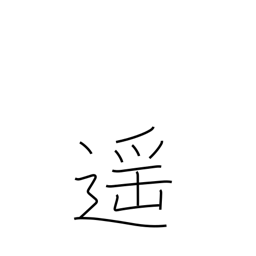
Meaning: far off